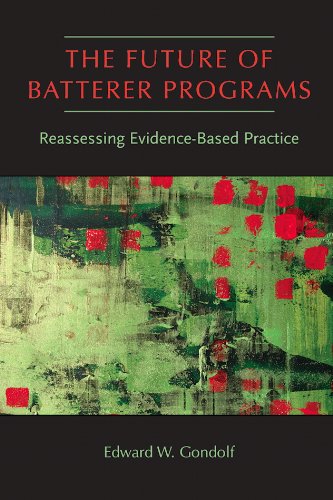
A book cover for The Future of Batterer Programs: Reassessing Evidence-Based Practice (Northeastern Series on Gender, Crime, and Law); Edward W. Gondolf; Law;